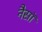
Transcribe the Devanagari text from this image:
नैसॉ